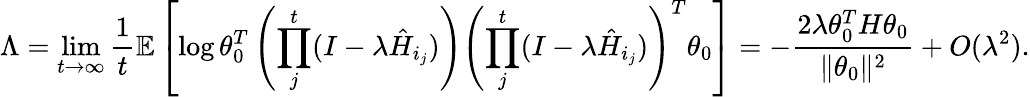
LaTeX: \Lambda=\operatorname*{lim}_{t\to\infty}\frac{1}{t}\mathbb{E}\left[\log\theta_{0}^{T}\left(\prod_{j}^{t}(I-\lambda\hat{H}_{i_{j}})\right)\left(\prod_{j}^{t}(I-\lambda\hat{H}_{i_{j}})\right)^{T}\theta_{0}\right]=-\frac{2\lambda\theta_{0}^{T}H\theta_{0}}{\| \theta_{0}\| ^{2}}+O(\lambda^{2}).